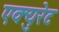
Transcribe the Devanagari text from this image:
एक्युरेट